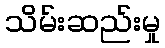
သိမ်းဆည်းမှု